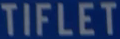
TIFLET